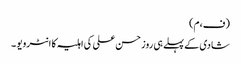
(ف،م)
شادی کے پہلے ہی روز حسن علی کی اہلیہ کا انٹرویو ۔